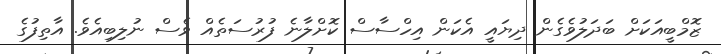
ޒޮމްބީއަކަށް ބަދަލުވެގެން ދިޔައީ އެކަން އިހްސާސް ކޮށްލާނެ ފުރުސަތެއް ވެސް ނުލިބިއެވެ. އާތިފުގެ